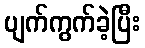
ပျက်ကွက်ခဲ့ပြီး